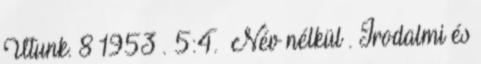
Utunk. 8 1953 . 5:4. Név nélkül . Irodalmi és